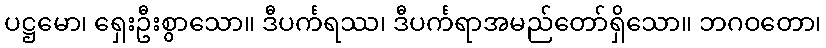
ပဋ္ဌမော၊ ရှေးဦးစွာသော။ ဒီပင်္ကရဿ၊ ဒီပင်္ကရာအမည်တော်ရှိသော။ ဘဂဝတော၊